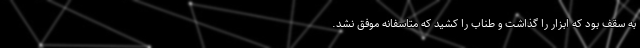
به سقف بود که ابزار را گذاشت و طناب را کشید که متاسفانه موفق نشد.